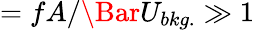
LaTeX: =fA/\Bar{U}_{bkg.}\gg 1